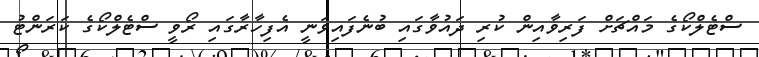
ސްޓެލްކޯގެ މައްޗަށް ފަރިވާއިން ކުރި ދައުވާގައި ބުނެފައިވަނީ އެފިހާރާގައި ރޯވީ ސްޓެލްކޯގެ ކަރަންޓު